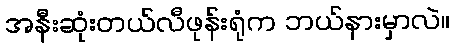
အနီးဆုံးတယ်လီဖုန်းရုံက ဘယ်နားမှာလဲ။